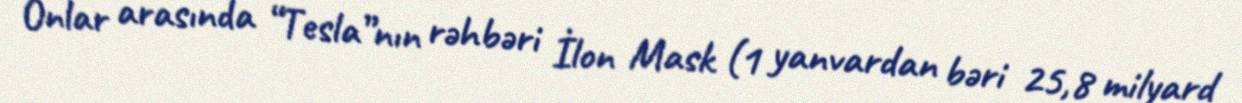
Onlar arasında “Tesla”nın rəhbəri İlon Mask (1 yanvardan bəri 25,8 milyard